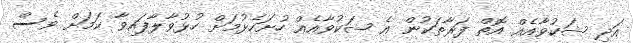
އަދި ޝަކުވާއެއް އޮތް ފަރާތަކުން އެ ޝަކުވާއެއް ހުށަހެޅުމަށް ހުޅުވާލާފައިވާ ކަމަށް ވެސް